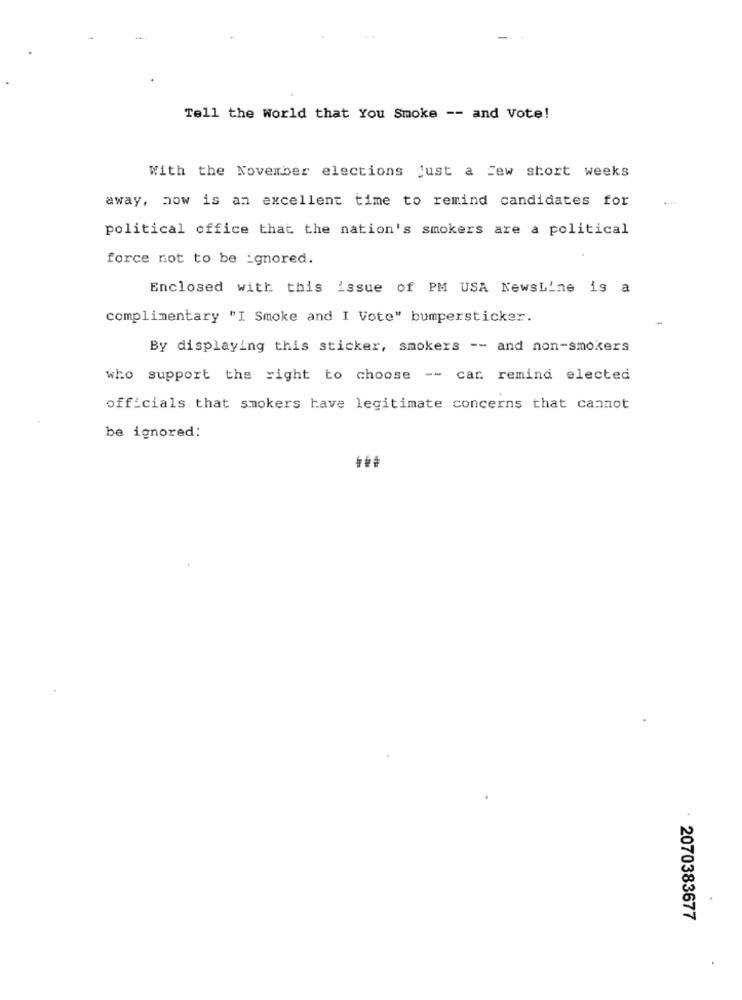
Tell the World that You Smoke -- and Vote!
With the November elections just a few short weeks
away, how is an excellent time to remind candidates for
....
political office that the nation's smokers are a political
force not to be ignored.
Enclosed with this issue of PM USA NewsLine is a
complimentary "I Smoke and I Vote" bumpersticker.
-
By displaying this sticker, smokers -- and non-smokers
who support the right to choose -- can remind elected
officials that smokers have legitimate concerns that cannot
be ignored:
2070383677